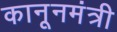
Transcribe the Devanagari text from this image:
कानूनमंत्री